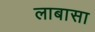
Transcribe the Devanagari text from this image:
लाबासा